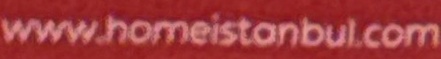
www.homeistonbul.com